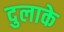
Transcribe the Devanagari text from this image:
दुलाके